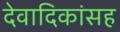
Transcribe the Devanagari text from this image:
देवादिकांसह